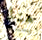
هنا